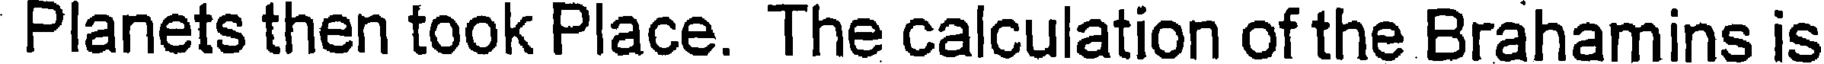
Planets then took Place. The calculation of the Brahamins is